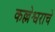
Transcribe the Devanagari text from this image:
कल्लेश्वराचे